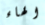
الهاء